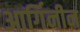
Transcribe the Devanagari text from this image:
आर्गिनीन